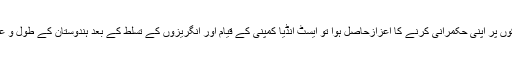
مغل بادشاہ اکبر اعظم کے زمانے میں اردو کو سکوں پر اپنی حکمرانی کرنے کا اعزازحاصل ہوا تو ایسٹ انڈیا کمپنی کے قیام اور انگریزوں کے تسلط کے بعد ہندوستان کے طول و عرض میں اردو کے لئے حالات مشکل ہونے لگے۔